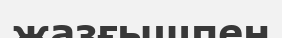
жазғышпен